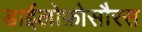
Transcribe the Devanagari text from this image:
डाईलोफ़ोसौरस